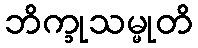
ဘိက္ခုသမ္မုတိ